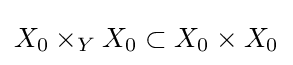
X_{0}\times _{Y}X_{0}\subset X_{0}\times X_{0}